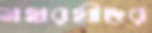
মহারথীদের